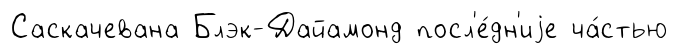
Саскачевана Блэк-Дайамонд посл'е́дн'иjе ча́стью